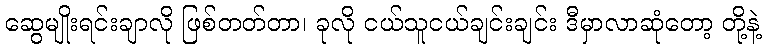
ဆွေမျိုးရင်းချာလို ဖြစ်တတ်တာ၊ ခုလို ငယ်သူငယ်ချင်းချင်း ဒီမှာလာဆုံတော့ တို့နဲ့